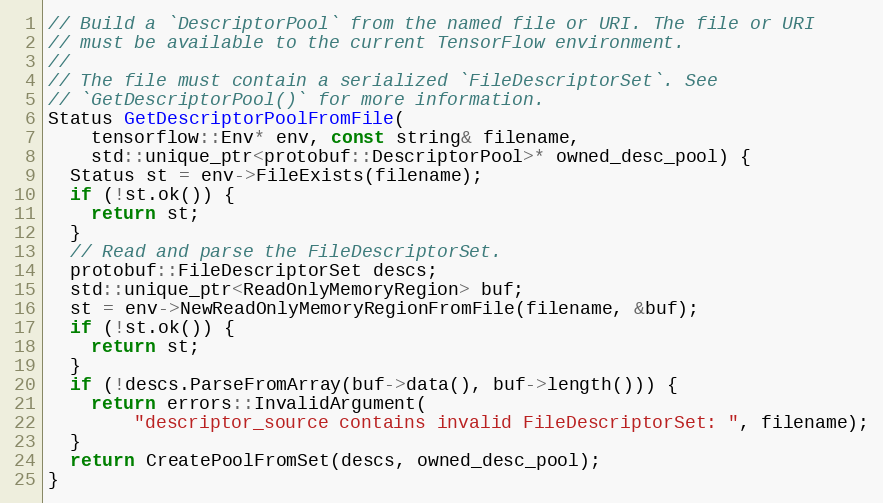
Language: C++
// Build a `DescriptorPool` from the named file or URI. The file or URI
// must be available to the current TensorFlow environment.
//
// The file must contain a serialized `FileDescriptorSet`. See
// `GetDescriptorPool()` for more information.
Status GetDescriptorPoolFromFile(
    tensorflow::Env* env, const string& filename,
    std::unique_ptr<protobuf::DescriptorPool>* owned_desc_pool) {
  Status st = env->FileExists(filename);
  if (!st.ok()) {
    return st;
  }
  // Read and parse the FileDescriptorSet.
  protobuf::FileDescriptorSet descs;
  std::unique_ptr<ReadOnlyMemoryRegion> buf;
  st = env->NewReadOnlyMemoryRegionFromFile(filename, &buf);
  if (!st.ok()) {
    return st;
  }
  if (!descs.ParseFromArray(buf->data(), buf->length())) {
    return errors::InvalidArgument(
        "descriptor_source contains invalid FileDescriptorSet: ", filename);
  }
  return CreatePoolFromSet(descs, owned_desc_pool);
}